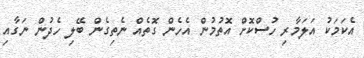
އެކަމަކު އަލަމާރި ހުސްކޮށް އޮތުމުން އެހެން ގޮތެއް ނެތިގެން ބޭލި ހެދުން ނަގާއި